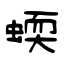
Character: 蝡